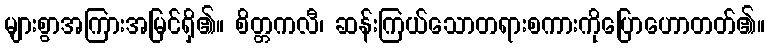
များစွာအကြားအမြင်ရှိ၏။ စိတ္တကလီ၊ ဆန်းကြယ်သောတရားစကားကိုပြောဟောတတ်၏။